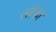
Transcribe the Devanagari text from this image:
लोफो